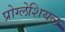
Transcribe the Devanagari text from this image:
प्रोग्लेशियल